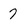
Character: 7